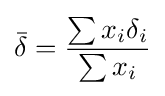
{\bar {\delta }}={\frac {\sum x_{i}\delta _{i}}{\sum x_{i}}}